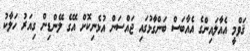
ޤަވްމީ އެއާލައިންގެ އެއާބަސް ބަންގާޅުގައި ޖައްސަން އުޅެނިކޮށް އޭގެ ލޭންޑިން ގިއަރު ހަލާކު